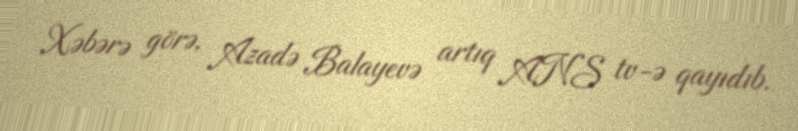
Xəbərə görə, Azadə Balayevə artıq ANS tv-ə qayıdıb.